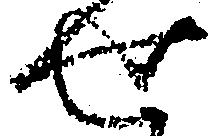
せ